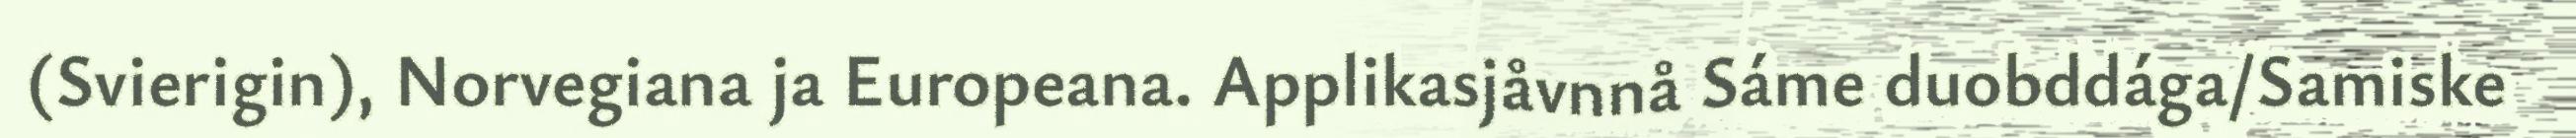
(Svierigin), Norvegiana ja Europeana. Applikasjåvnnå Sáme duobddága/Samiske